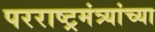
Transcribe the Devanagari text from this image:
परराष्ट्रमंत्र्यांच्या